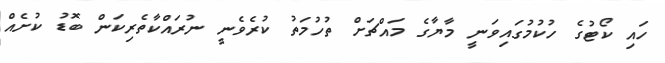
ހައި ކޯޓުގެ ހުކުމުގައިވަނީ މާޔާގެ މައްޗަށް ތުހުމަތު ކުރެވެނީ ނުރައްކާތެރިކަން ބޮޑު ކުށެއް